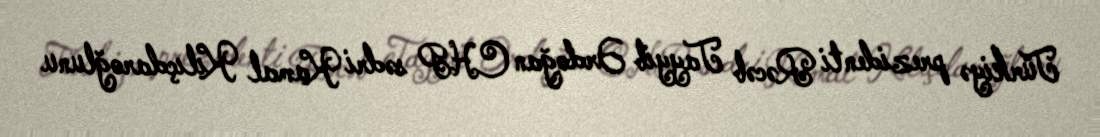
Türkiyə prezidenti Rəcəb Tayyib Ərdoğan CHP sədri Kamal Kılıçdaroğlunu